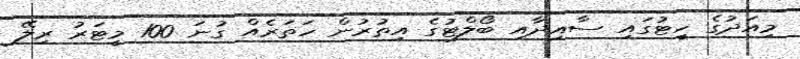
މިއަދުގެ ހީޓުގައި ސާއިދާއި ބޯލްޓުގެ އިތުރުން ހަތަރެއް ގުނަ 100 މީޓަރު ރިލޭ